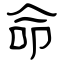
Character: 命